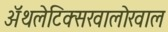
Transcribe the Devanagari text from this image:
ॲथलेटिक्सखालोखाल